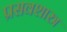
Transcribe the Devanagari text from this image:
प्रसवशास्त्र